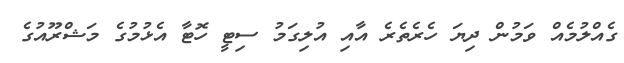
ގެއްލުމެއް ވަމުން ދިޔަ ހެރެތެރެ އާއި އުލިގަމު ސިޓީ ހޮޓާ އެޅުމުގެ މަޝްރޫއުގެ